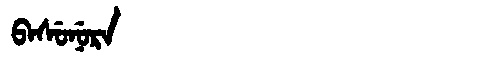
Manchu: ᠪᠠᠰᡠᠨᡠᡵᠠ
Romanization: BASUNURA